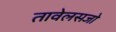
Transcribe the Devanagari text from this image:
तावेलसजो